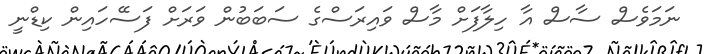
ނަމަވެސް ސާސް އާ ހިލާފަށް މާސް ވައިރަސްގެ ސަބަބުން ވަރަށް ފަސޭހައިން ކިޑްނީ